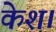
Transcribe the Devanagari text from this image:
केश।